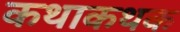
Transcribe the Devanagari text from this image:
कथाकथक